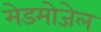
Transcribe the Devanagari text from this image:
मेडमोजेल